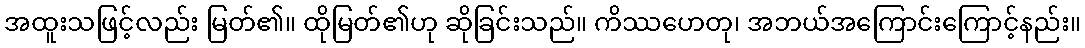
အထူးသဖြင့်လည်း မြတ်၏။ ထိုမြတ်၏ဟု ဆိုခြင်းသည်။ ကိဿဟေတု၊ အဘယ်အကြောင်းကြောင့်နည်း။